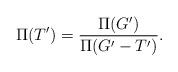
LaTeX: \begin{align*}\Pi(T') = \frac{\Pi(G')}{\Pi(G'-T')}.\end{align*}